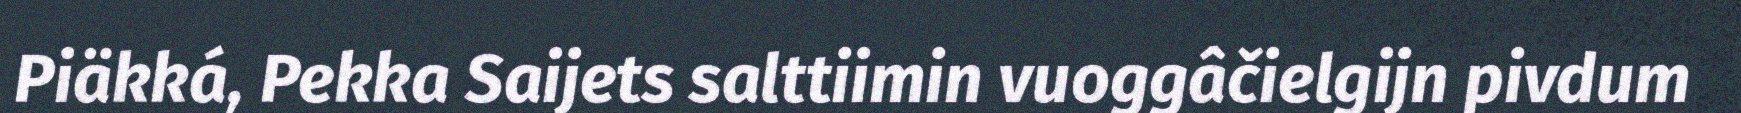
Piäkká, Pekka Saijets salttiimin vuoggâčielgijn pivdum